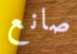
صانع